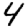
Digit: 4